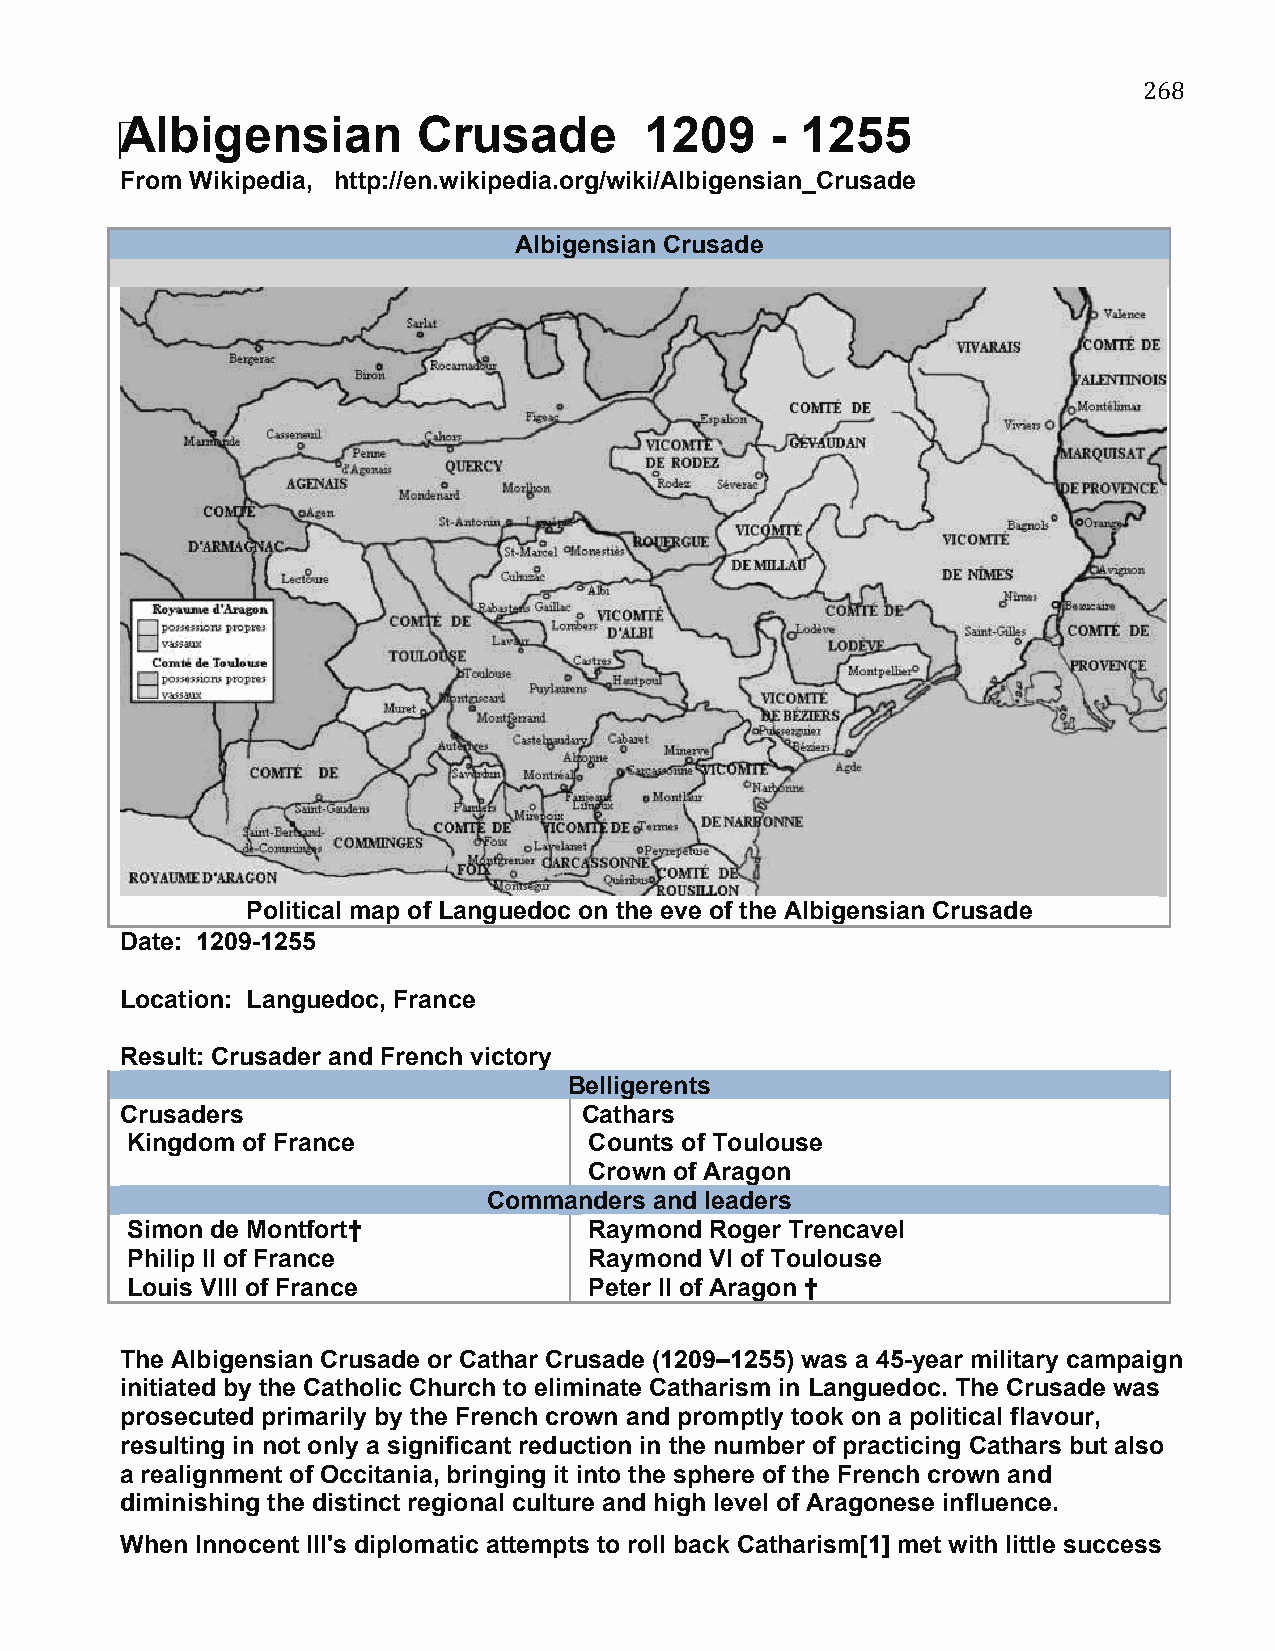
268
 ‪Albigensian        Crusade        1209    - 1255
 From Wikipedia, http://en.wikipedia.org/wiki/Albigensian_Crusade
 Albigensian Crusade
 Political map of Languedoc on the eve of the Albigensian Crusade
 Date: 1209-1255
 Location: Languedoc, France
 Result: Crusader and French victory
 Belligerents
 Crusaders                     Cathars
 Kingdom of France              Counts of Toulouse
 Crown of Aragon
 Commanders and leaders
 Simon de Montfort†             Raymond Roger Trencavel
 Philip II of France            Raymond VI of Toulouse
 Louis VIII of France           Peter II of Aragon †
 The Albigensian Crusade or Cathar Crusade (1209–1255) was a 45-year military campaign
 initiated by the Catholic Church to eliminate Catharism in Languedoc. The Crusade was
 prosecuted primarily by the French crown and promptly took on a political flavour,
 resulting in not only a significant reduction in the number of practicing Cathars but also
 a realignment of Occitania, bringing it into the sphere of the French crown and
 diminishing the distinct regional culture and high level of Aragonese influence.
 When Innocent III's diplomatic attempts to roll back Catharism[1] met with little success